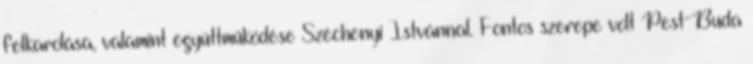
felkarolása, valamint együttműködése Széchenyi Istvánnal. Fontos szerepe volt Pest-Buda